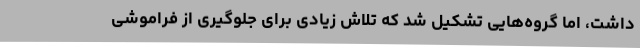
داشت، اما گروه‌هایی تشکیل شد که تلاش زیادی برای جلوگیری از فراموشی